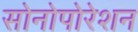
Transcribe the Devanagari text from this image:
सोनोपोरेशन